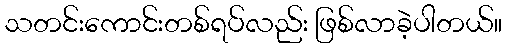
သတင်းကောင်းတစ်ရပ်လည်း ဖြစ်လာခဲ့ပါတယ်။